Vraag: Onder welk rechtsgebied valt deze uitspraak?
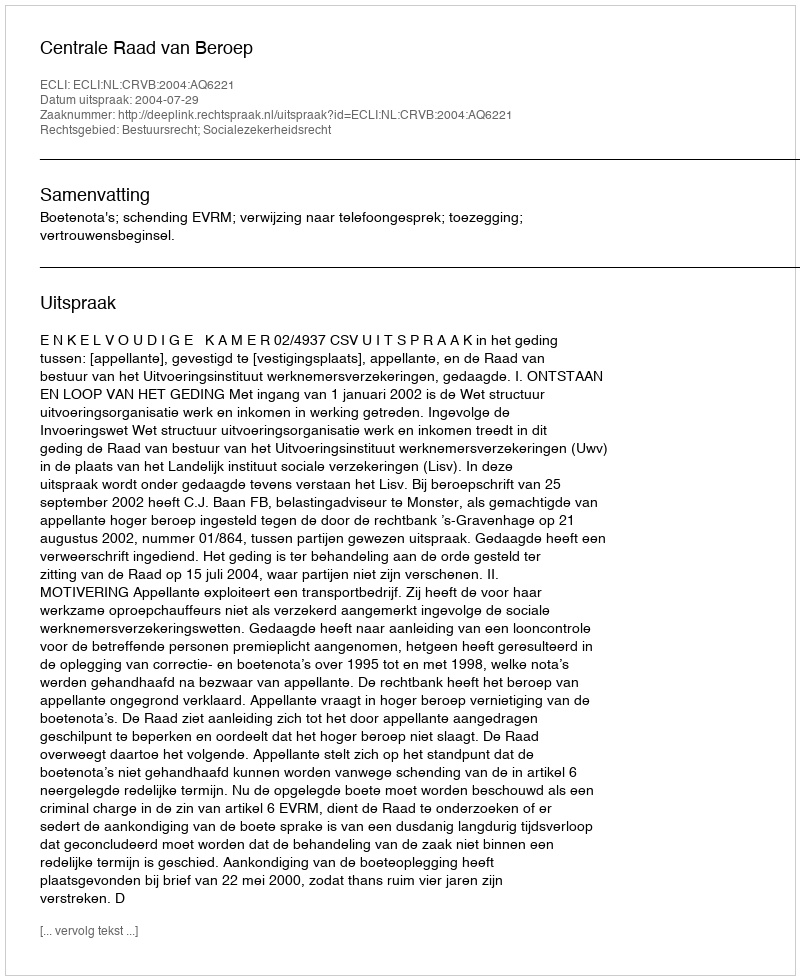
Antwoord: Bestuursrecht; Socialezekerheidsrecht